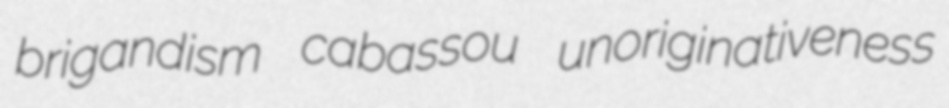
brigandism cabassou unoriginativeness